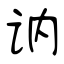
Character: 讷